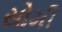
સોમી